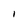
Character: I